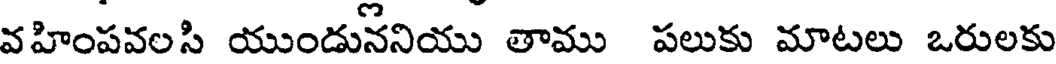
వహింపవలసి యుండుననియు తాము పలుకు మాటలు ఒరులకు